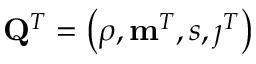
\mathbf { Q } ^ { T } = \left( \rho , \mathbf { m } ^ { T } , s , \j ^ { T } \right)